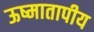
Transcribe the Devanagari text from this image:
ऊष्मातापीय